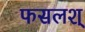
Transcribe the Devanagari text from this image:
फसलश्